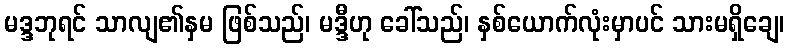
မဒ္ဒဘုရင် သာလျ၏နှမ ဖြစ်သည်၊ မဒ္ဒီဟု ခေါ်သည်၊ နှစ်ယောက်လုံးမှာပင် သားမရှိချေ၊